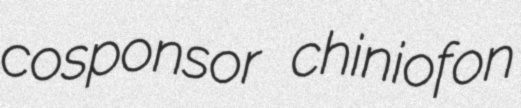
cosponsor chiniofon